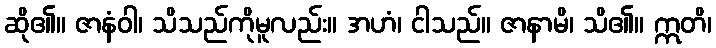
ဆို၏။ ဇာနံဝါ၊ သိသည်ကိုမူလည်း။ အဟံ၊ ငါသည်။ ဇာနာမိ၊ သိ၏။ ဣတိ၊